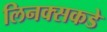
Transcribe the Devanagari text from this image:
लिनक्सकडे